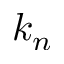
k _ { n }